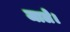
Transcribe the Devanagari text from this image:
जाले।